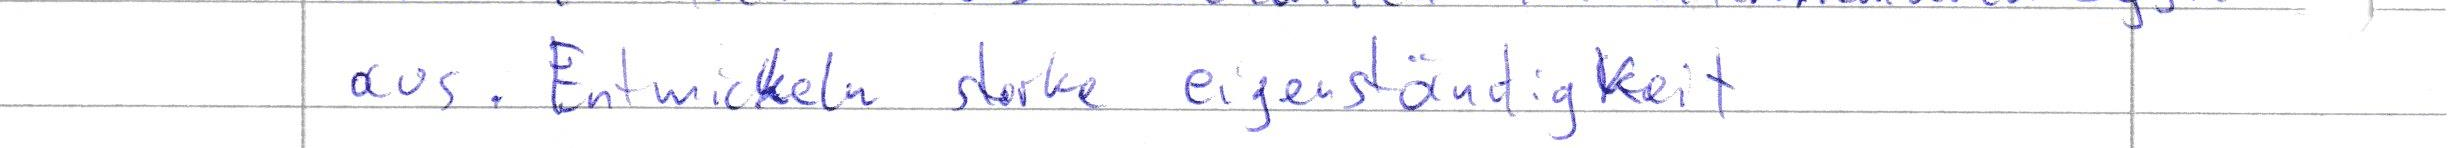
aus. Entwickeln starke eigenständigkeit